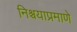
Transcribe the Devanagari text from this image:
निश्चयाप्रमाणे